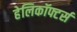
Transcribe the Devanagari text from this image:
हेलिकॉफ्टर्स